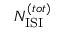
N _ { \mathrm { I S I } } ^ { ( t o t ) }